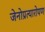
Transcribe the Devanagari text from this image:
जेनोप्रत्यारोपण